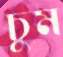
চুম